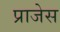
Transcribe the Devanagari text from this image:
प्राजेस